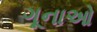
ગૂનાઓ